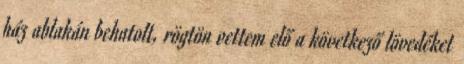
ház ablakán behatolt, rögtön vettem elő a következő lövedéket